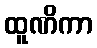
ထူဏိကာ